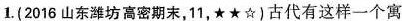
1.(2016山东潍坊高密期末，11，★★☆)古代有这样一个寓